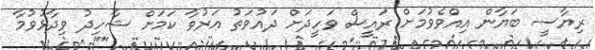
ރިޔާސީ ބަޔާން އިއްވެވުމަށް ރައީސް ވަހީދަށް ދައުވަތު އަރުވާ ކަމަށް ޝާހިދު ވިދާޅުވުމާ